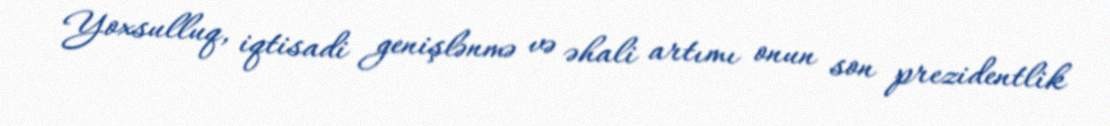
Yoxsulluq, iqtisadi genişlənmə və əhali artımı onun son prezidentlik